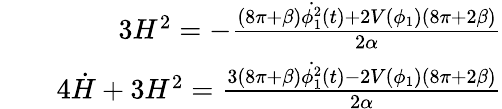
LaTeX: \begin{array}{rlr}&{}&{3H^{2}=-\frac{(8\pi+\beta){\dot{\phi_{1}^{2}}}(t)+2V(\phi_{1})(8\pi+2\beta)}{2\alpha}}\\ &{}&{4\dot{H}+3H^{2}=\frac{3(8\pi+\beta){\dot{\phi_{1}^{2}}}(t)-2V(\phi_{1})(8\pi+2\beta)}{2\alpha}}\end{array}